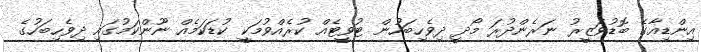
އިންޑިއާގެ ބޮޑުވަޒީރު ނަރެންދުރަ މޯދީ ދިވެހިބަހުން ޓުވީޓެއް ކުރެއްވުމަކީ ކުޑަކަމެއް ނޫންކަމުގައި ދިވެހިބަހުގެ